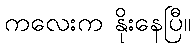
ကလေးက နိုးနေပြီ။